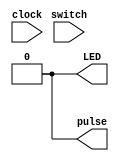
module pulse (clock,switch,LED, pulse);

input clock;
input switch;
output reg pulse=0;
reg edgeDetect = 1;
reg [31:0] clk_div;
reg trigger = 0;
reg [2:0] case1 = 0;
output reg LED = 0;


always @(posedge clock)
begin

edgeDetect<=switch;
if(edgeDetect && ~switch)

trigger <= 1;

else
trigger <=0;

/*case(case1)
if (trigger) 
case1 <= 1;
clk_div<=5000000;
1: begin 
pulse<=1;
LED<=!LED;
case1<=2;
end
2: begin 
	pulse<=0;
	case1 <= 0;
	end
0: begin end 
endcase*/

end
endmodule